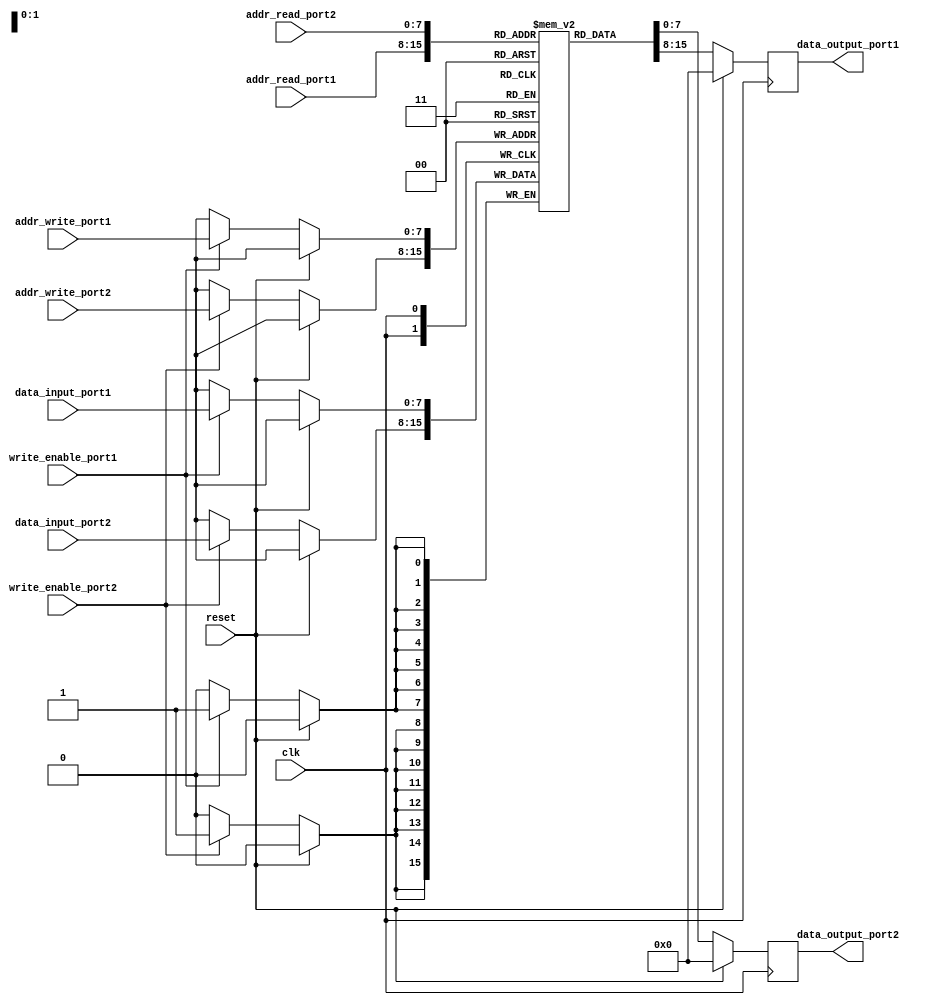
module dual_port_ram(
  input wire clk,
  input wire reset,
  input wire [7:0] addr_read_port1,
  input wire [7:0] addr_write_port1,
  input wire [7:0] addr_read_port2,
  input wire [7:0] addr_write_port2,
  input wire [7:0] data_input_port1,
  input wire [7:0] data_input_port2,
  input wire write_enable_port1,
  input wire write_enable_port2,
  output reg [7:0] data_output_port1,
  output reg [7:0] data_output_port2
);

reg [7:0] memory [0:255];

always @(posedge clk) begin
  if (reset) begin
    data_output_port1 <= 8'h00;
    data_output_port2 <= 8'h00;
  end else begin
    if (write_enable_port1) begin
      memory[addr_write_port1] <= data_input_port1;
    end
    if (write_enable_port2) begin
      memory[addr_write_port2] <= data_input_port2;
    end
    data_output_port1 <= memory[addr_read_port1];
    data_output_port2 <= memory[addr_read_port2];
  end
end

endmodule